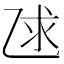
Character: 𫡨